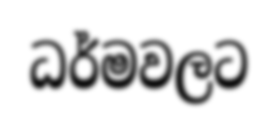
ධර්මවලට